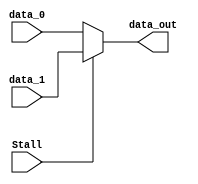
module Mux6(data_out, data_0, data_1, Stall);

input 	[16:0] data_0;
input 	[16:0] data_1;
input	Stall;

output	[16:0] data_out;

assign  	data_out = (Stall)?	data_1 : data_0;

endmodule